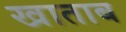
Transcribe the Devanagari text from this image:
खाताब